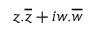
z . { \overline { { z } } } + i w . { \overline { { w } } }